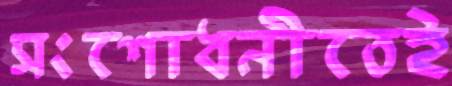
সংশোধনীতেই